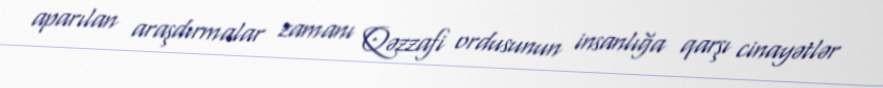
aparılan araşdırmalar zamanı Qəzzafi ordusunun insanlığa qarşı cinayətlər